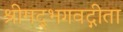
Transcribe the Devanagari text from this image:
श्रीमद्‌भगवद्गीता